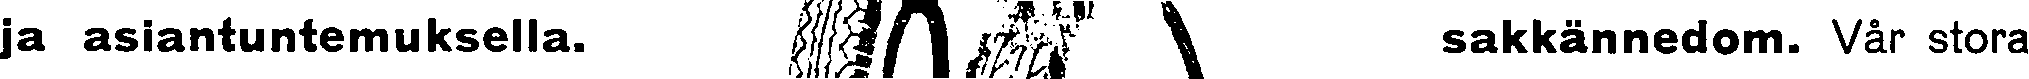
ja asiantuntemuksella. # sakkännedom. Vår stora